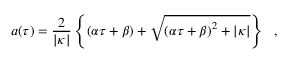
a ( \tau ) = \frac { 2 } { \vert \kappa \vert } \left\{ \left( \alpha \tau + \beta \right) + \sqrt { \left( \alpha \tau + \beta \right) ^ { 2 } + \vert \kappa \vert } \right\} \ \ ,